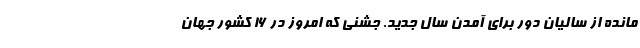
مانده از سالیان دور برای آمدن سال جدید. جشنی که امروز در ۱۶ کشور جهان